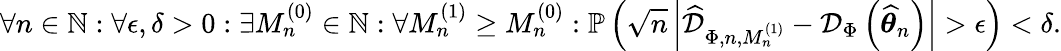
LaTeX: \forall n\in\mathbb{N}:\forall\epsilon,\delta>0:\exists M_{n}^{(0)}\in\mathbb{N}:\forall M_{n}^{(1)}\geq M_{n}^{(0)}:\mathbb{P}\left(\sqrt{n}\left|\widehat{\mathcal{D}}_{\Phi,n,M_{n}^{(1)}}-\mathcal{D}_{\Phi}\left(\widehat{\boldsymbol{\theta}}_{n}\right)\right|>\epsilon\right)<\delta.